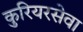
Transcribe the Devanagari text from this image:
कुरियरसेवा